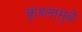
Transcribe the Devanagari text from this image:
कुंडलांमुळे